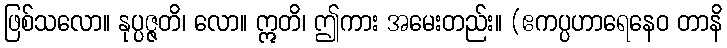
ဖြစ်သလော။ နုပ္ပဇ္ဇတိ၊ လော။ ဣတိ၊ ဤကား အမေးတည်း။ (ဧကပ္ပဟာရေနေဝ တာနိ